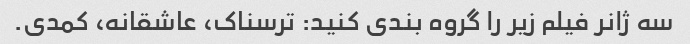
سه ژانر فیلم زیر را گروه بندی کنید: ترسناک، عاشقانه، کمدی.